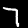
Digit: 7